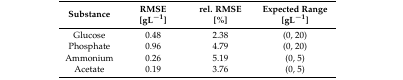
<table><thead><tr><td><b>Substance</b></td><td><b>RMSE [gL<sup>−1</sup>]</b></td><td><b>rel. RMSE [%]</b></td><td><b>Expected Range [gL<sup>−1</sup>]</b></td></tr></thead><tbody><tr><td>Glucose</td><td>0.48</td><td>2.38</td><td>(0, 20)</td></tr><tr><td>Phosphate</td><td>0.96</td><td>4.79</td><td>(0, 20)</td></tr><tr><td>Ammonium</td><td>0.26</td><td>5.19</td><td>(0, 5)</td></tr><tr><td>Acetate</td><td>0.19</td><td>3.76</td><td>(0, 5)</td></tr></tbody></table>